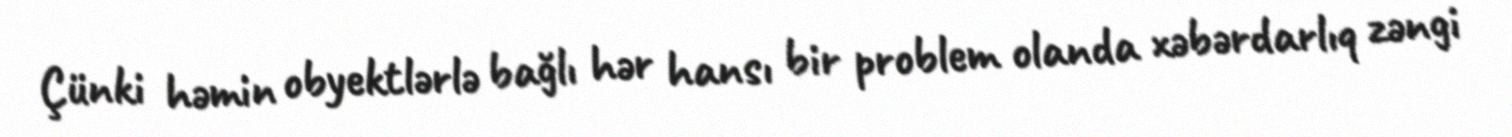
Çünki həmin obyektlərlə bağlı hər hansı bir problem olanda xəbərdarlıq zəngi